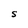
Character: S